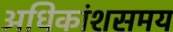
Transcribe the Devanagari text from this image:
अधिकांशसमय